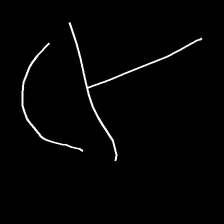
Glyph: dispersion